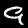
Digit: 9